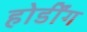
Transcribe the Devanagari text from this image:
होर्डींग